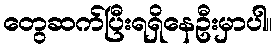
တွေဆက်ပြီးရရှိနေဦးမှာပါ။